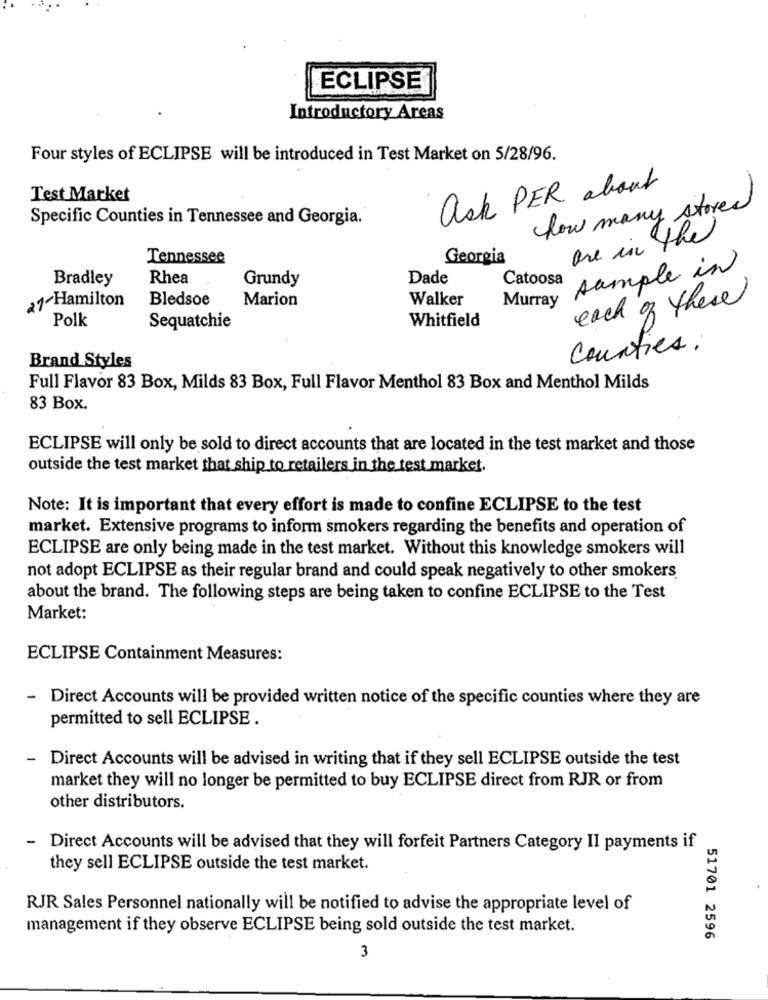
ECLIPSE
Introductory Areas
Four styles of ECLIPSE will be introduced in Test Market on 5/28/96.
ask PER about
Test Market
how many stored
Specific Counties in Tennessee and Georgia.
are in the
Tennessee
Georgia
sample in
Bradley
Rhea
Grundy
Dade
Catoosa
27-Hamilton
Bledsoe
Marion
Walker
each of these
Murray
Polk
Whitfield
Sequatchie
Counties.
Brand Styles
Full Flavor 83 Box, Milds 83 Box, Full Flavor Menthol 83 Box and Menthol Milds
83 Box.
ECLIPSE will only be sold to direct accounts that are located in the test market and those
outside the test market that ship to retailers in the test market.
Note: It is important that every effort is made to confine ECLIPSE to the test
market. Extensive programs to inform smokers regarding the benefits and operation of
ECLIPSE are only being made in the test market. Without this knowledge smokers will
not adopt ECLIPSE as their regular brand and could speak negatively to other smokers
about the brand. The following steps are being taken to confine ECLIPSE to the Test
Market:
ECLIPSE Containment Measures:
- Direct Accounts will be provided written notice of the specific counties where they are
permitted to sell ECLIPSE .
Direct Accounts will be advised in writing that if they sell ECLIPSE outside the test
market they will no longer be permitted to buy ECLIPSE direct from RJR or from
other distributors.
Direct Accounts will be advised that they will forfeit Partners Category II payments if
they sell ECLIPSE outside the test market.
RJR Sales Personnel nationally will be notified to advise the appropriate level of
management if they observe ECLIPSE being sold outside the test market.
51701 2596
3